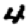
Digit: 4